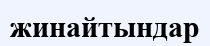
жинайтындар